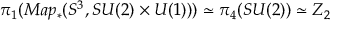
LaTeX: \pi _ { 1 } ( M a p _ { \ast } ( S ^ { 3 } , S U ( 2 ) \times U ( 1 ) ) ) \simeq \pi _ { 4 } ( S U ( 2 ) ) \simeq Z _ { 2 }